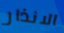
الانذار